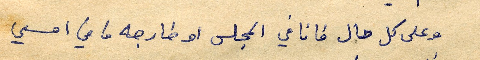
وعلى كل حال فانا في المجلس او خارجه ما في امسي